Indian journal of veterinary science and animal husbandry - Volume 7,
Year: 1937
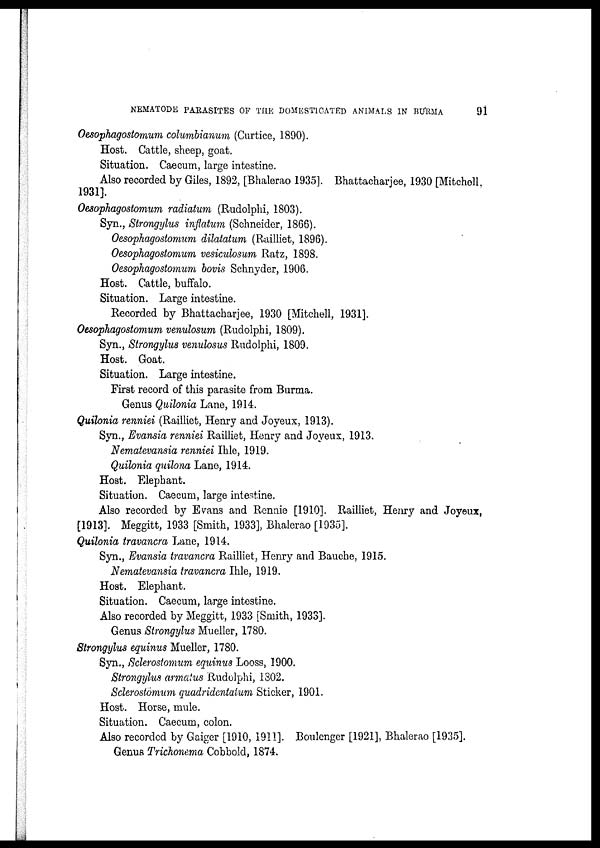
NEMATODE PARASITES OF THE DOMESTICATED ANIMALS IN BURMA
91
Oesophagostomum columbianum (Curtice, 1890).
Host. Cattle, sheep, goat.
Situation. Caecum, large intestine.
Also recorded by Giles, 1892, [Bhalerao 1935]. Bhattacharjee, 1930 [Mitchell,
1931].
Oesophagostomum radiatum (Rudolphi, 1803).
Syn., Strongylus inflatum (Schneider, 1866).
Oesophagostomum dilatatum (Railliet, 1896).
Oesophagostomum vesiculosum Ratz, 1898.
Oesophagostomum bovis Schnyder, 1906.
Host. Cattle, buffalo.
Situation. Large intestine.
Recorded by Bhattacharjee, 1930 [Mitchell, 1931].
Oesophagostomum venulosum (Rudolphi, 1809).
Syn., Strongylus venulosus Rudolphi, 1809.
Host. Goat.
Situation. Large intestine.
First record of this parasite from Burma.
Genus Quilonia Lane, 1914.
Quilonia renniei (Railliet, Henry and Joyeux, 1913).
Syn., Evansia renniei Railliet, Henry and Joyeux, 1913.
Nematevansia renniei Ihle, 1919.
Quilonia quilona Lane, 1914.
Host. Elephant.
Situation. Caecum, large intestine.
Also recorded by Evans and Rennie [1910]. Railliet, Henry and Joyeux,
[1913]. Meggitt, 1933 [Smith, 1933], Bhalerao [1935].
Quilonia travancra Lane, 1914.
Syn., Evansia travancra Railliet, Henry and Bauche, 1915.
Nematevansia travancra Ihle, 1919.
Host. Elephant.
Situation. Caecum, large intestine.
Also recorded by Meggitt, 1933 [Smith, 1933].
Genus Strongylus Mueller, 1780.
Strongylus equinus Mueller, 1780.
Syn., Sclerostomum equinus Looss, 1900.
Strongylus armatus Rudolphi, 1802.
Sclerostomum quadridentatum Sticker, 1901.
Host. Horse, mule.
Situation. Caecum, colon.
Also recorded by Gaiger [1910, 1911]. Boulenger [1921], Bhalerao [1935].
Genus Trichonema Cobbold, 1874.